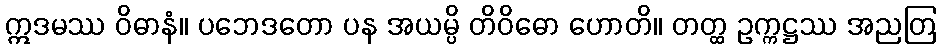
ဣဒမဿ ဝိဓာနံ။ ပဘေဒတော ပန အယမ္ပိ တိဝိဓော ဟောတိ။ တတ္ထ ဥက္ကဋ္ဌဿ အညတြ